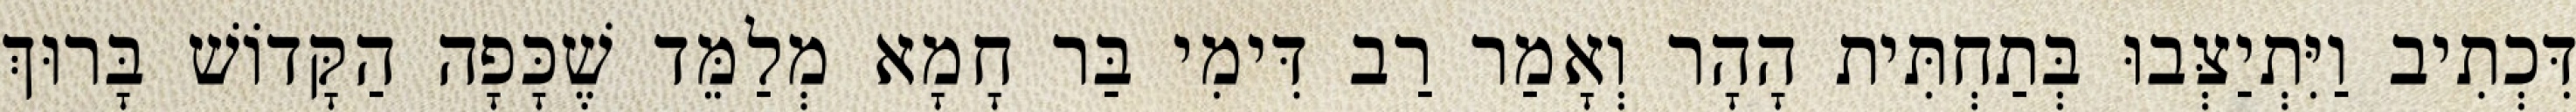
דִּכְתִיב וַיִּתְיַצְּבוּ בְּתַחְתִּית הָהָר וְאָמַר רַב דִּימִי בַּר חָמָא מְלַמֵּד שֶׁכָּפָה הַקָּדוֹשׁ בָּרוּךְ